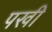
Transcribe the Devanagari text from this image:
पखी